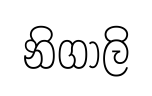
නිගාලි